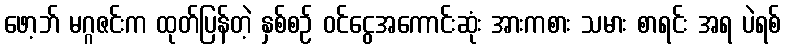
ဖော့ဘ် မဂ္ဂဇင်းက ထုတ်ပြန်တဲ့ နှစ်စဉ် ဝင်ငွေအကောင်းဆုံး အားကစား သမား စာရင်း အရ ပဲရစ်